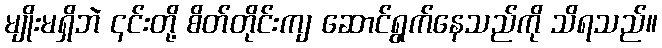
မျိုးမရှိဘဲ ၎င်းတို့ စိတ်တိုင်းကျ ဆောင်ရွက်နေသည်ကို သိရသည်။